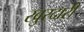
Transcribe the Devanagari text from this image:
खुरदारी